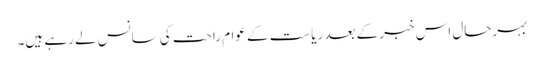
بہرحال اس خبر کے بعد ریاست کے عوام راحت کی سانس لے رہے ہیں۔